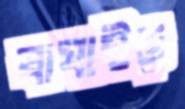
বাঘাইড়